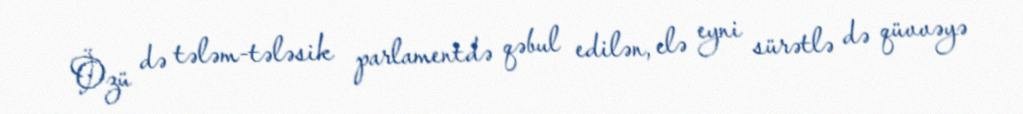
Özü də tələm-tələsik parlamentdə qəbul edilən, elə eyni sürətlə də qüvvəyə